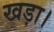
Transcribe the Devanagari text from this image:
खड़ा।